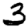
Digit: 3